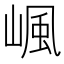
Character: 𡺤